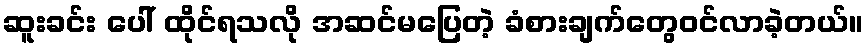
ဆူးခင်း ပေါ် ထိုင်ရသလို အဆင်မပြေတဲ့ ခံစားချက်တွေဝင်လာခဲ့တယ်။